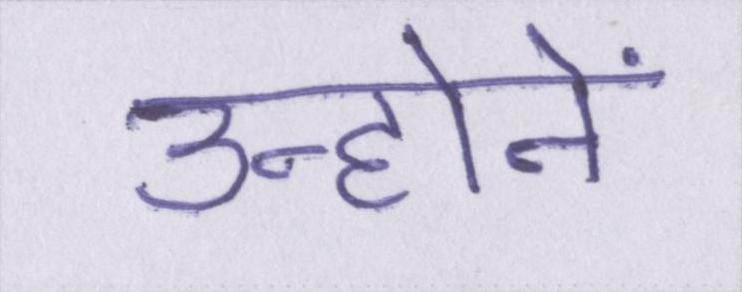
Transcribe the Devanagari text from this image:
उन्होनें